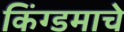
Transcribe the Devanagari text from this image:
किंग्डमाचे